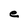
Character: e